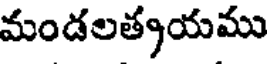
మండలత్కయము